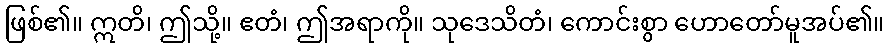
ဖြစ်၏။ ဣတိ၊ ဤသို့။ ဧတံ၊ ဤအရာကို။ သုဒေသိတံ၊ ကောင်းစွာ ဟောတော်မူအပ်၏။